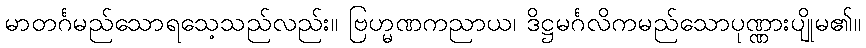
မာတင်္ဂမည်သောရသေ့သည်လည်း။ ဗြဟ္မဏကညာယ၊ ဒိဋ္ဌမင်္ဂလိကမည်သောပုဏ္ဏားပျိုမ၏။